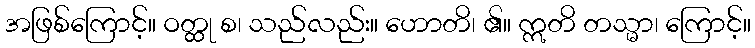
အဖြစ်ကြောင့်။ ဝတ္ထု စ၊ သည်လည်း။ ဟောတိ၊ ၏။ ဣတိ တသ္မာ၊ ကြောင့်။